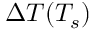
\Delta T ( T _ { s } )